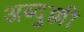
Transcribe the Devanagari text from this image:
अब्दुल्ली